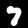
Digit: 7